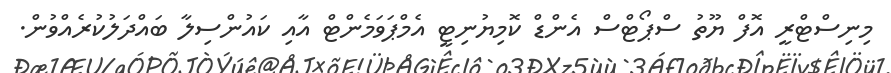
މިނިސްޓްރީ އޮފް ޔޫތު ސްޕޯޓްސް އެންޑް ކޮމިޔުނިޓީ އެމްޕަވަމެންޓް އާއި ކައުންސިލާ ބައްދަލުކުރެއްވުން.